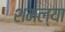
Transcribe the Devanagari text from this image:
शमल्या